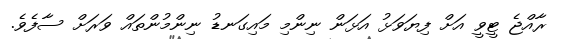
ރާއްޖެ ޓީވީ އަށް ފިޔަވަޅު އަޅަން ނިންމި މައިގަނޑު ނިންމުންތައް ވަރަށް ސާފެވެ.